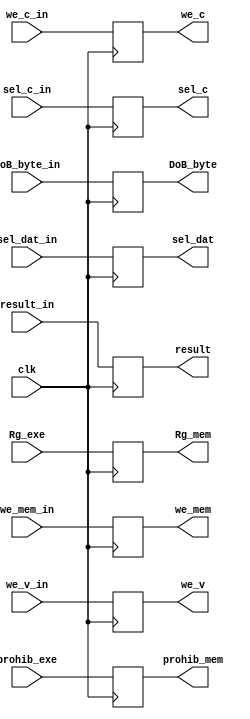
module REG_EXE_MEM(

	input clk,
	input we_mem_in,
	input sel_dat_in,
	input sel_c_in,
	input we_v_in,
	input we_c_in,
	input prohib_exe,
	input [31:0]result_in,  //salida del mux
	input [7:0]DoB_byte_in,
	input [3:0]Rg_exe,


	output reg we_mem,
	output reg sel_dat,
	output reg sel_c,
	output reg we_v,
	output reg we_c,
	output reg prohib_mem,
	output reg [31:0]result,  //salida del mux
	output reg [7:0]DoB_byte,
	output reg [3:0]Rg_mem
);

	always @(posedge clk)
	begin
		we_mem<=we_mem_in;
		sel_dat<=sel_dat_in;
		sel_c<= sel_c_in;
		we_v <= we_v_in;
		we_c <= we_c_in;
		result <= result_in;
		DoB_byte<= DoB_byte_in;
		Rg_mem <=Rg_exe;	
		prohib_mem <= prohib_exe;
	end

endmodule